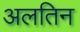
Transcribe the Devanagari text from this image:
अलतिन